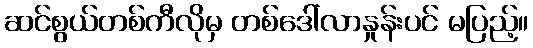
ဆင်စွယ်တစ်ကီလိုမှ တစ်ဒေါ်လာနှုန်းပင် မပြည့်။